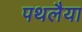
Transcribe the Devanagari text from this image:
पथलैया